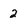
Character: 2